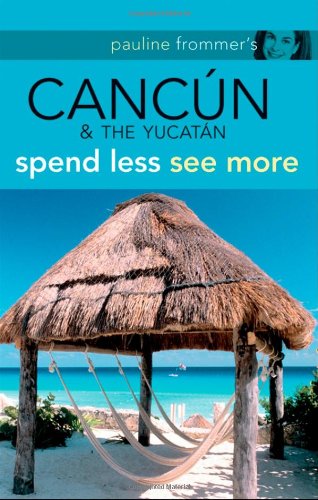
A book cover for Pauline Frommer's Cancun & the Yucatan (Pauline Frommer Guides); Christine Delsol; Travel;